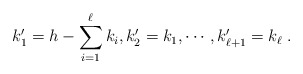
\begin{align*} k'_1 = h - \sum_{i=1}^{\ell}k_i, k'_2 = k_1, \cdots ,k'_{\ell+1} = k_{\ell}\;. \end{align*}